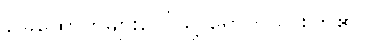
ခြေထောက်များပေါ်သို့ ရောက်သွားကြ၏။